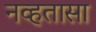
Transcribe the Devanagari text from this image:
नव्हतासा